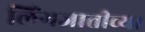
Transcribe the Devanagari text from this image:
लिंगजातीच्या